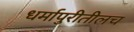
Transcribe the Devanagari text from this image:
धर्मापुरीतीलच